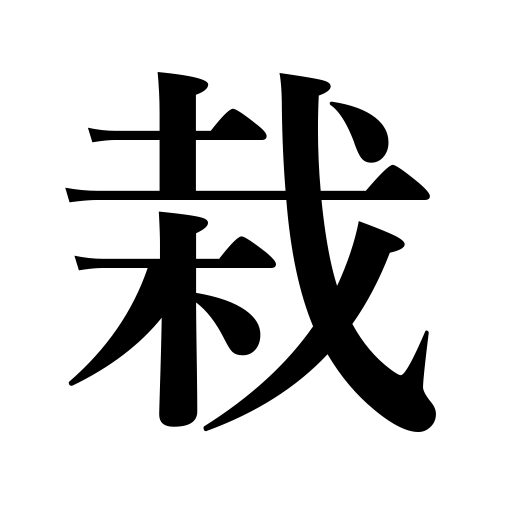
Meanings: planting